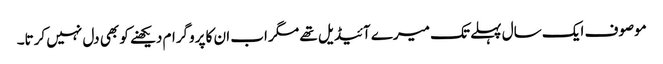
موصوف ایک سال پہلے تک میرے آئیڈیل تھے مگر اب ان کا پروگرام دیکھنے کو بھی دل نہیں کرتا۔